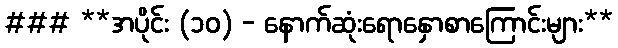
### **အပိုင်း (၁၀) - နောက်ဆုံးရောနှောစာကြောင်းများ**